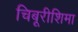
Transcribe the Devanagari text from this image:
चिबूरीशिमा